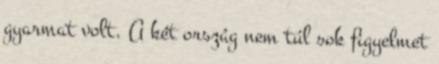
gyarmat volt. A két ország nem túl sok figyelmet